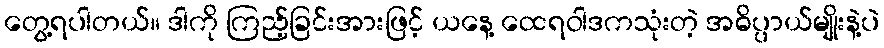
တွေ့ရပါတယ်။ ဒါကို ကြည့်ခြင်းအားဖြင့် ယနေ့ ထေရဝါဒကသုံးတဲ့ အဓိပ္ပာယ်မျိုးနဲ့ပဲ